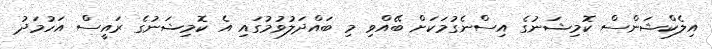
އިލެކްޝަންސް ކޮމިޝަނުގެ އިސްނެގުމަކަށް ބޭއްވި މި ބައްދަލުވުމުގައި އެ ކޮމިޝަނުގެ ރައީސް އަހުމަދު